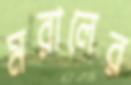
মরালের